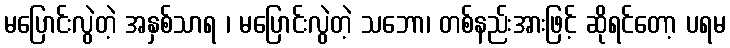
မပြောင်းလွဲတဲ့ အနှစ်သာရ ၊ မပြောင်းလွဲတဲ့ သဘော၊ တစ်နည်းအားဖြင့် ဆိုရင်တော့ ပရမ